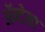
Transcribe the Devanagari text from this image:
ॲन्टेना